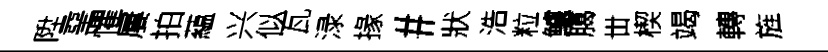
陞堊懼屢拍藴兴似瓦渌掾#狀浩粒鱸臈丗楔竭轉旌